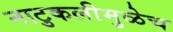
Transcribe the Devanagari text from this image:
नाटुकलीमुळेच